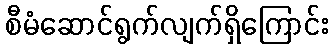
စီမံဆောင်ရွက်လျက်ရှိကြောင်း